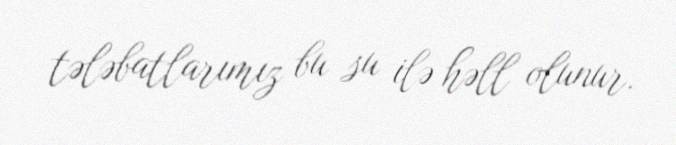
tələbatlarımız bu su ilə həll olunur.